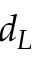
d _ { L }